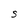
Character: S